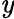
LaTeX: \mathit{y}